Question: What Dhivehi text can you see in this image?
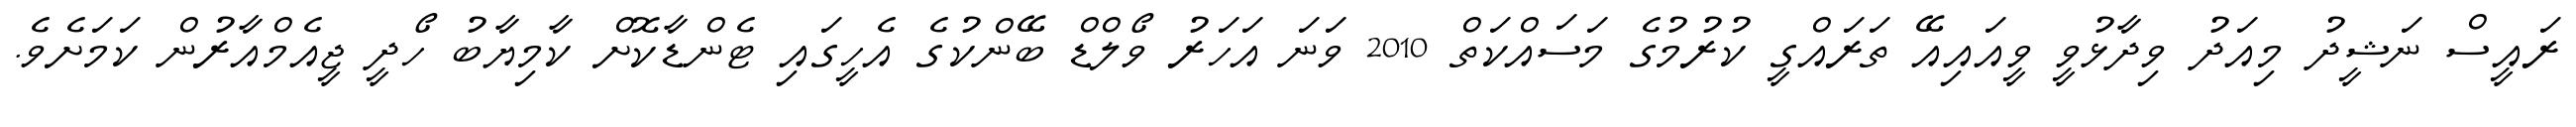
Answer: ރައީސް ނަޝީދު މިއަދު ވިދާޅުވީ ވީއައިއޭ ތަރައްގީ ކުރުމުގެ މަސައްކަތް 2010 ވަނަ އަހަރު ވޯލްޑް ބޭންކުގެ އެހީގައި ޓެންޑާކޮށް ކާމިޔާބު ހޯދީ ޖީއެމްއާރުން ކަމަށެވެ.